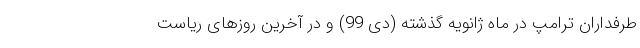
طرفداران ترامپ در ماه ژانویه گذشته (دی 99) و در آخرین روزهای ریاست